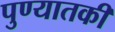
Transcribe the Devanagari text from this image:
पुण्यातकी